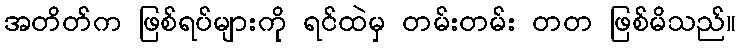
အတိတ်က ဖြစ်ရပ်များကို ရင်ထဲမှ တမ်းတမ်း တတ ဖြစ်မိသည်။